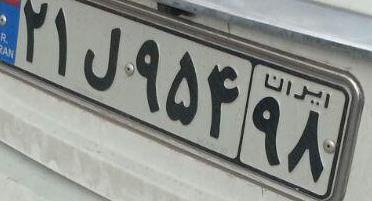
۲۱ل۹۵۴۹۸